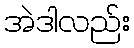
အဲဒါလည်း